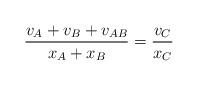
LaTeX: \begin{align*}\frac{v_A+v_B+v_{AB}}{x_A+x_B}=\frac{v_C}{x_C}\end{align*}